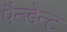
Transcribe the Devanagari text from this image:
पैन्डेन्ट